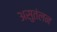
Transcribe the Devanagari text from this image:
असुतंलन